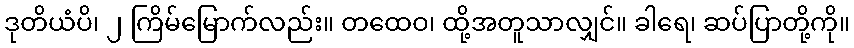
ဒုတိယံပိ၊ ၂ ကြိမ်မြောက်လည်း။ တထေဝ၊ ထို့အတူသာလျှင်။ ခါရေ၊ ဆပ်ပြာတို့ကို။